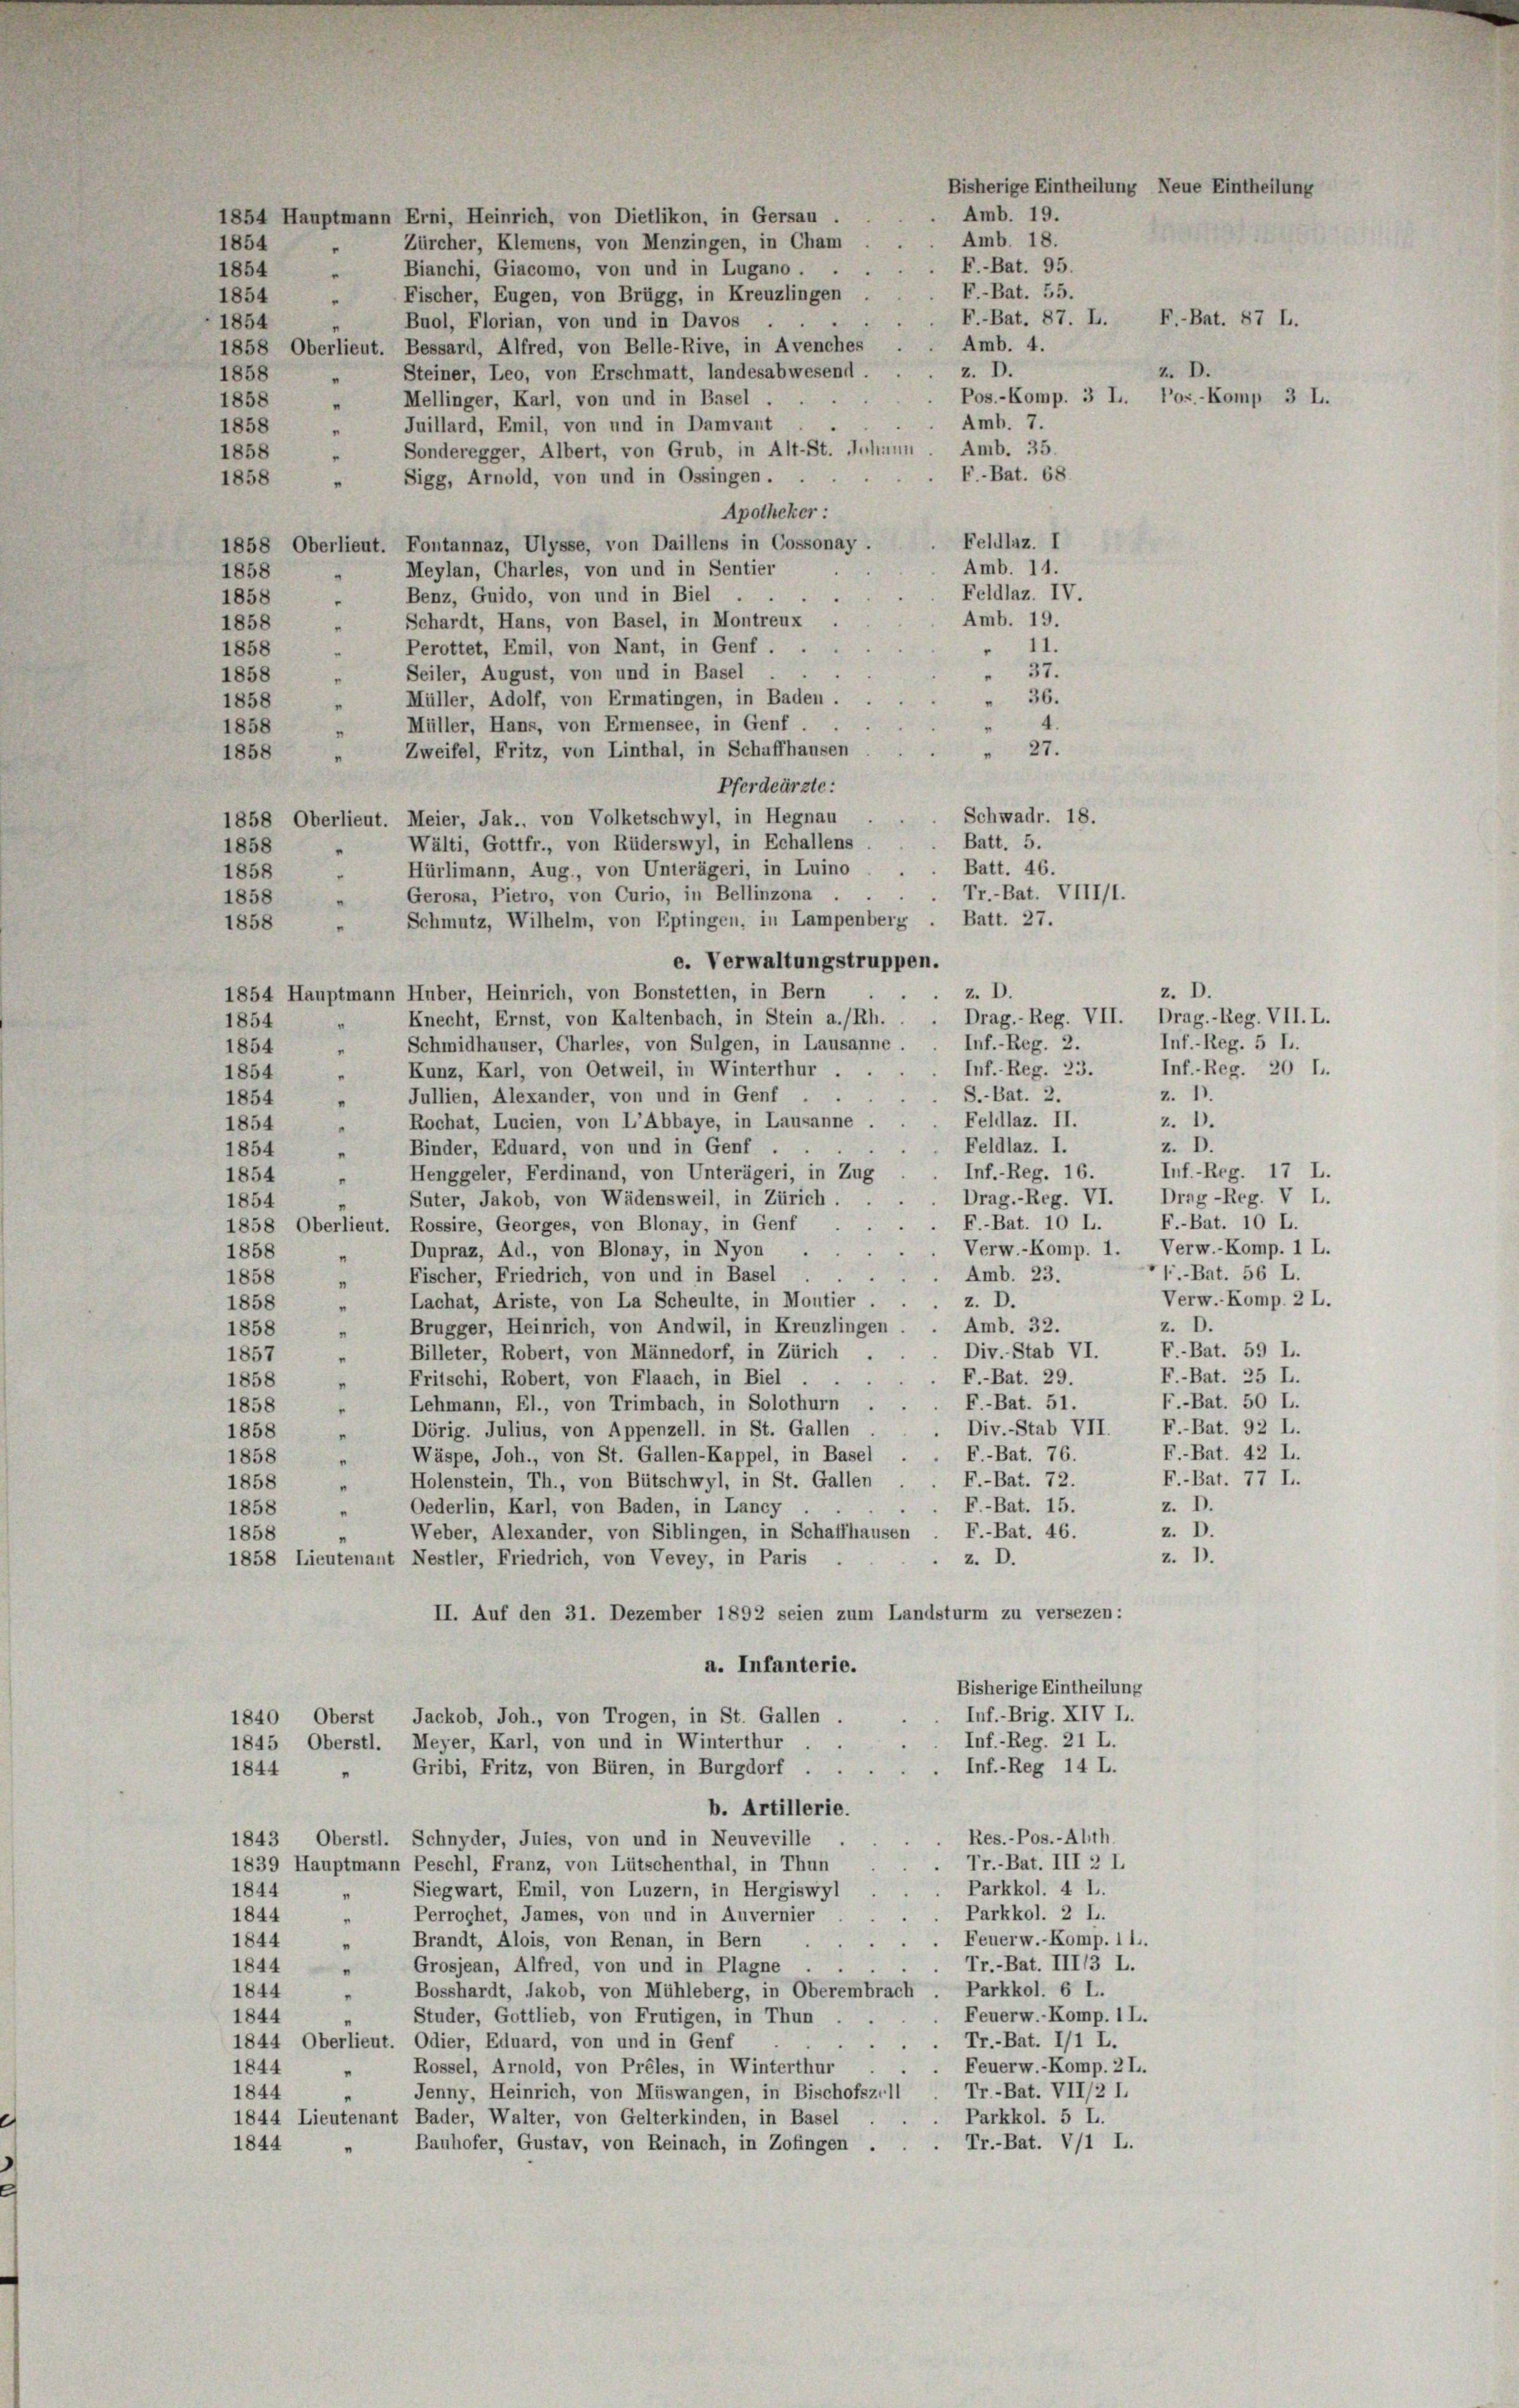
1854 Hauptmann Erni, Heinrich, von Dietlikon, in Gersau
Zürcher, Klemens, von Menzingen, in Cham
"
Bianchi, Giacomo, von und in Lugano.
1854
"
Fischer, Eugen, von Brügg, in Kreuzlingen
1854
Buol, Florian, von und in Davos
1854
1858 Oberlieut. Bessard, Alfred, von Belle-Rive, in Avenches
Steiner, Leo, von Erschmatt, landesabwesend.
1858 "
Mellinger, Karl, von und in Basel
1858
"
Juillard, Emil, von und in Damvant
1858
"
Amb. 35.
Sonderegger, Albert, von Grub, in Alt-St. Johann
1858
“
F-Bat. 68.
 Sigg, Arnold, von und in Ossingen.
1858
Apotheker :
Feldlaz. I
1858 Oberlieut. Fontannaz, Ulysse, von Daillens in Cossonay .
Amb. 14.
Meylan, Charles, von und in Sentier
1858
“
Feldlaz. IV.
Benz, Guido, von und in Biel
1858
.
"
Amb. 19.
Schardt, Hans, von Basel, in Montreux
1858
"
11.
Perottet, Emil, von Nant, in Genf.
1858
37.
Seiler, August, von und in Basel
1858
"
36.
Müller, Adolf, von Ermatingen, in Baden
1858
"
4.
Müller, Hans, von Ermensee, in Genf.
1858
"
27.
Zweifel, Fritz, von Linthal, in Schaffhausen
1858
Pferdeärzte:
Schwadr. 18.
1858 Oberlieut. Meier, Jak., von Volketschwyl, in Hegnau
Batt. 5.
Wälti, Gottfr., von Rüderswyl, in Echallens
1858
"
Batt. 46.
Hürlimann, Aug., von Unterägeri, in Luino
1858
"
Tr.-Bat. VIII/1.
Gerosa, Pietro, von Curio, in Bellinzona
1858
Schmutz, Wilhelm, von Eptingen, in Lampenberg . Batt. 27.
1858
e. Verwaltungstruppen.
z. D.
z. D.
1854 Hauptmann Huber, Heinrich, von Bonstetten, in Bern
Drag.- Reg. VII. Drag.-Reg. VII. L.
Knecht, Ernst, von Kaltenbach, in Stein a./Rh.
1854
Inf.-Reg. 2.
Schmidhäuser, Charles, von Sulgen, in Lausanne
1854
¬
Inf.- Reg. 23.
Kunz, Karl, von Oetweil, in Winterthur
1854
"
S.-Bat. 2.
z. I.
Jullien, Alexander, von und in Genf
1854
"
Feldlaz. II.
Rochat, Lucien, von L’Abbaye, in Lausanne
1854
"
Feldlaz. I.
Binder, Eduard, von und in Genf
1854
Inf.-Reg. 16.
Henggeler, Ferdinand, von Unterägeri, in Zug
1854
"
Drag.-Reg. VI. Drag-Reg. V L.
Suter, Jakob, von Wädensweil, in Zürich.
1854
F.-Bat. 10 L.
1858 Oberlieut. Rossire, Georges, von Blonay, in Genf
Verw.-Komp. 1
" Dupraz, Ad., von Blonay, in Nyon
1858
¬
Amb. 23.
„ Fischer, Friedrich, von und in Basel
1858
Lachat, Ariste, von La Scheulte, in Moutier
z. D.
1858
Amb. 32.
Brugger, Heinrich, von Andwil, in Kreuzlingen
1858
"
Div. Stab VI.
Billeter, Robert, von Männedorf, in Zürich
1857
F.-Bat. 29.
Fritschi, Robert, von Flaach, in Biel
1858
"
F.-Bat. 51.
Lehmann, El., von Trimbach, in Solothurn
1858
Div.-Stab VII. F.-Bat. 92 L.
Dörig. Julius, von Appenzell. in St. Gallen
1858 "
F.-Bat. 76.
Wäspe, Joh., von St. Gallen-Kappel, in Basel
1858
"
F.-Bat. 72.
Holenstein, Th., von Bütschwyl, in St. Gallen
1858
.
z. D.
F.-Bat. 15.
Oederlin, Karl, von Baden, in Lancy
1858
Weber, Alexander, von Siblingen, in Schaffhausen . F.-Bat. 46.
1858
z. I.
1858 Lieutenant Nestler, Friedrich, von Vevey, in Paris
z. D.
II. Auf den 31. Dezember 1892 seien zum Landsturm zu versezen:
a. Infanterie.
Bisherige Eintheilung
Inf. Brig. XIV I.
1840 Oberst Jackob, Joh., von Trogen, in St. Gallen
Inf.-Reg. 21 L.
1845 Oberstl. Meyer, Karl, von und in Winterthur
Inf.-Reg 14 L.
Gribi, Fritz, von Büren, in Burgdorf
1844
b. Artillerie.
Res.-Pos.-Alth.
1843, Oberstl. Schnyder, Jules, von und in Neuveville
Tr.-Bat. III 2 I.
1839 Hauptmann Peschl, Franz, von Lütschenthal, in Thun
Parkkol. 4 L.
Siegwart, Emil, von Luzern, in Hergiswyl
1844
"
Perroghet, James, von und in Auvernier
Parkkol. 2 L.
1844
Feuerw.- Komp. 1 l.
Brandt, Alois, von Renan, in Bern
1844
"
Tr.-Bat. III13 I.
1844 " Grosjean, Alfred, von und in Plagne
Parkkol. 6 L.
1844
Bosshardt, Jakob, von Mühleberg, in Oberembrach
"
Feuerw.- Komp. 1 L.
1844
Studer, Gottlieb, von Frutigen, in Thun
Tr.-Bat. I/1 L.
1844 Oberlieut. Odier, Eduard, von und in Genf
Feuerw.- Komp. 2 L.
1844 " Rossel, Arnold, von Prêles, in Winterthur
Tr.-Bat. VII/2 I.
Jenny, Heinrich, von Müswangen, in Bischofszell
1844
Parkkol. 5 L.
1844 Lieutenant Bader, Walter, von Gelterkinden, in Basel
Bauhofer, Gustav, von Reinach, in Zofingen
Tr.-Bat. V/1 L.
1844

1854

F.-Bat. 95.
F.-Bat. 55.
F.-Bat. 87. L. F.-Bat. 87 L.
Amb. 4.
Z. D.
z. D.
Pos.-Komp. 3 L. Tos.-Komp. 3 L.
Amb. 7.

Bisherige Eintheilung Neue Einthei
Amb. 19.
Amb. 18.

z. D.

Inf.-Reg. 5 I.
Inf.-Reg. 20 l.
z. D.
z. D.
Inf.-Reg. 17 L.
F.-Bat. 10 L.
Verw.-Komp. 1 L.
f. Bat. 56 L.
Verw.- Komp. 2 L.
z. D.
F.-Bat. 59 L.
F.-Bat. 25 L.
F.-Bat. 50 L.
F.-Bat. 42 L.
F.-Bat. 77 L.